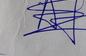
Signature authenticity: genuine